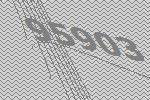
95903